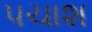
પચાશ